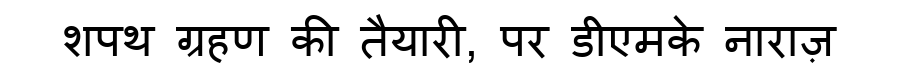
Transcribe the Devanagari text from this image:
शपथ ग्रहण की तैयारी, पर डीएमके नाराज़